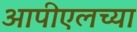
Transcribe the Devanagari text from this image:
आपीएलच्या